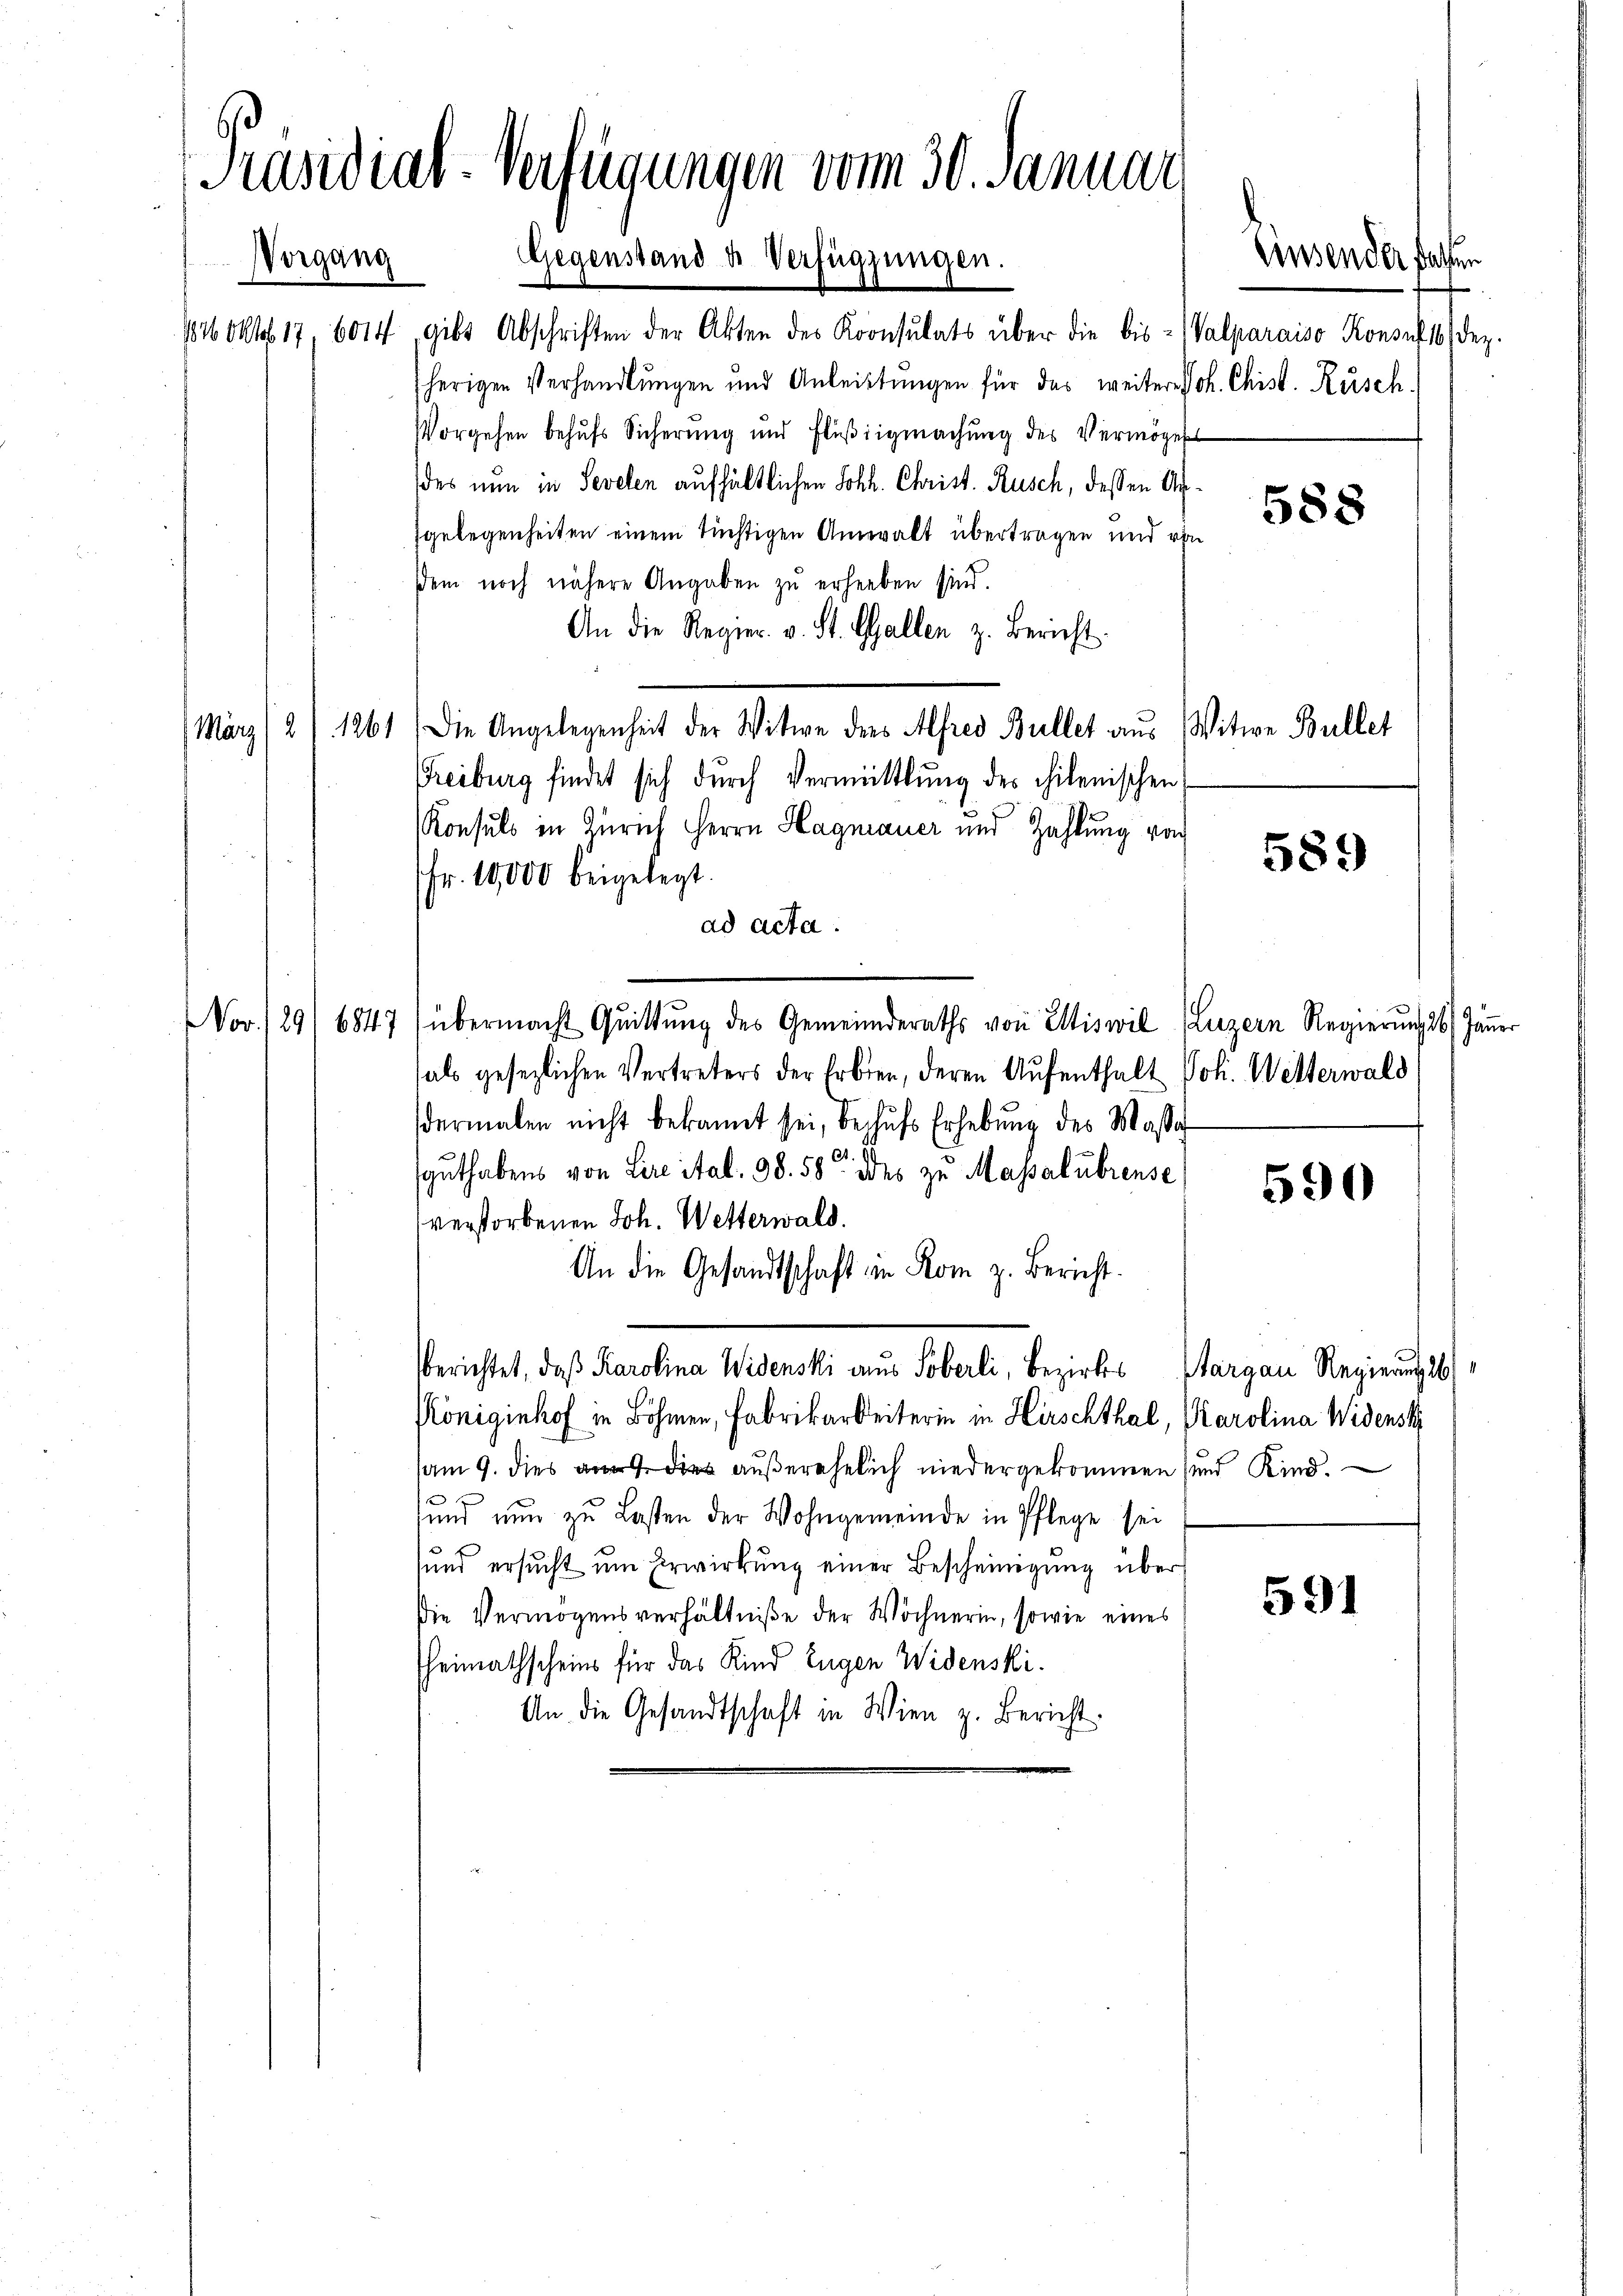
[Präsidial-Verfügungen vom 30. Januar
Vorgang Gegenstand u. Verfügungen.

116 Okt. 17, 6014, gibt Abschriften der Akten des Koonsulats über die bis - (Valparaiso Konsuf 16 Dez.
sherigen Verhandlungen und Anleistungen für das weiter Joh. Chist. Rüsch
Vorgehen behufs Sicherung und Flŭβiigmachŭng des Vermögens
des nun in Sevelen aufhältlichen Joh. Christ. Rusch, dessen Argelegenheiten einem tüchtigen Anwalt übertragen und von
dem noch nähere Angaben zŭ erheben sind.
An die Regier v. St. Gallen z. Bericht.
März/2/1261) Die Angelegenheit der Witwe ders Alfred Bullet aus Witwe Bullet
Freiburg findet sich durch Vermittlung des chilenischen
Konsuls in Zürich Herrn Hagmauer und Zahlung von
Fr. 10,000 beigelegt.
ad acta.
NNor./ 29/6847 (übermacht Quittung des Gemeinderaths von Eiswil (Luzern Regierŭng 26. Jäṅer
hals gesezlichen Vertreters der Erbten, deren Aufenthalt Joh. Wetterwald
dermalen nicht bekannt sei, beschŭfs Erhebŭng des Wasse
x
guthabens von Lire ital. 98. 58 des zu Massalübrense
verstorbenen Joh. Wetterwald.
An die Gesandtschaft in Rom z. Bericht.
sberichtet, daß Karolina Widenski aus Soberli, Bezirks Sargau Regierungsb
Königinhof in Böhmen, Fabrikarbeiterin in Hirschthal, Karolina Widenst
am 9. dies an die außerehelich niedergekommen und Kind.
sund nun zu Lasten der Wohngemeinde in Pflege sei
sund ersŭcht ŭm Erwirkung einer Bescheinigung über
Die Vermögensverhältniße der Wöchnerin, sowie eines
heimathscheins für das Kind Eugen Widenski.
An die Gesandtschaft in Wien z. Bericht.

588

589

Einsender fachen

590

591